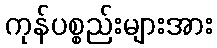
ကုန်ပစ္စည်းများအား